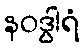
နဝဒွါရံ